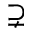
\supsetneq